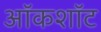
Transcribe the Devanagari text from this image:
ऑकशॉट